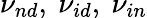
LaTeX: {\nu_{nd}},\ {\nu_{id}},\ {\nu_{in}}